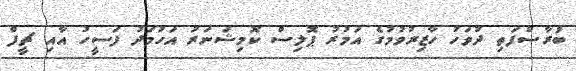
ބުރާސްފަތި ދުވަހު ހާޒިރުވުމުގެ އަމުރު ޕޮލިސް ކޮމިޝަނަރު އަހުމަދު ފަސީހު އާއި ޗީފް